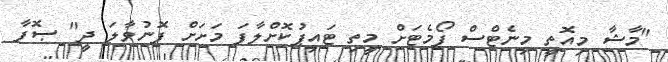
"މާޝާ މިއޮތީ މިނެޓްސް ފޯމެޓަށް މީތި ޓައިޕުކޮށްލާފަ މަށަށް ފޮނުވާލަ ދީ" ޞޮފާ